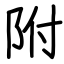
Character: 附